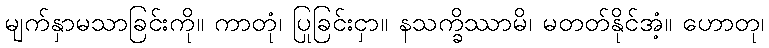
မျက်နှာမသာခြင်းကို။ ကာတုံ၊ ပြုခြင်းငှာ။ နသက္ခိဿာမိ၊ မတတ်နိုင်အံ့။ ဟောတု၊